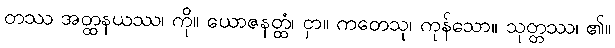
တဿ အတ္ထနယဿ၊ ကို။ ယောဇနတ္ထံ၊ ငှာ။ ကတေသု၊ ကုန်သော။ သုတ္တဿ၊ ၏။